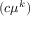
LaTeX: ( c \mu ^ { k } )